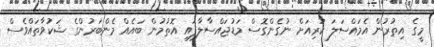
މީގެ އިތުރުން އެމައްސަލަ ކުރިއަށް ނުގެންގޮސް މަޑުޖައްސާލާފައި އޮތުމުން ބައެއް މެންބަރުންގެ ޝަކުވާތައްވެސް